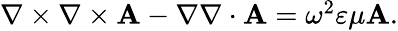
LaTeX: \begin{array}{r}{\nabla\times\nabla\times\mathbf{A}-\nabla\nabla\cdot\mathbf{A}=\omega^{2}\varepsilon\mu\mathbf{A}.}\end{array}